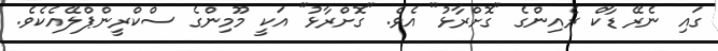
ގައި ނެރޭ ޑާކް ރެއިންގެ "ގޮށްރާޅު" އެވެ. "ގޮށްރާޅު" އަކީ މޫމިންގެ ސްކްރީންޕްލޭއެކެވެ.